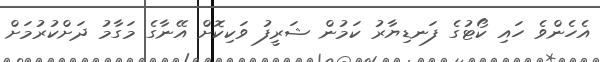
އެހެންވެ ހައި ކޯޓުގެ ފަނޑިޔާރު ކަމުން ޝަރީފު ވަކިކޮށް އޭނާގެ މަގާމު ދަށްކުރުމަށް